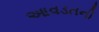
આવડતની